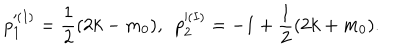
LaTeX: p _ { 1 } ^ { ( I ) } = \frac { 1 } { 2 } ( 2 k - m _ { 0 } ) , ~ ~ p _ { 2 } ^ { ( I ) } = - 1 + \frac { 1 } { 2 } ( 2 k + m _ { 0 } ) .